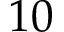
1 0